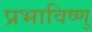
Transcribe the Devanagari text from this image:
प्रभाविष्णु